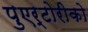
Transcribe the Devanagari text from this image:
पुएर्टोरीको